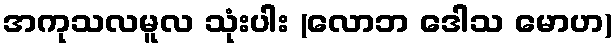
အကုသလမူလ သုံးပါး (လောဘ ဒေါသ မောဟ)